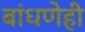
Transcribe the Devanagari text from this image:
बांधणेही